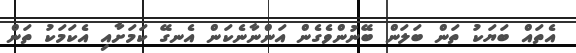
އެތައް ބަޔަކު ތަން ބަލަން ބޭނުންވެގެން އަންނާނެކަން އެނގޭ ކަމަށާއި އެކަަމަކު ތަން